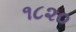
૧૮૨૦